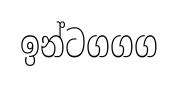
ඉන්ටගගග